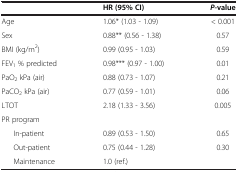
|  | HR(95% CI) | P-value |
 | --- | --- | --- |
 | Age | 1.06* (1.03 - 1.09) | < 0.001 |
 | Sex | 0.88** (0.56 - 1.38) | 0.57 |
 | BMI (kg/m2) | 0.99 (0.95 - 1.03) | 0.59 |
 | FEV1 % predicted | 0.98*** (0.97 - 1.00) | 0.01 |
 | PaO2 kPa (air) | 0.88 (0.73 - 1.07) | 0.21 |
 | PaCO2 kPa (air) | 0.77 (0.59 - 1.01) | 0.06 |
 | LTOT | 2.18 (1.33 - 3.56) | 0.005 |
 | PR program |  |  |
 | In-patient | 0.89 (0.53 - 1.50) | 0.65 |
 | Out-patient | 0.75 (0.44 - 1.28) | 0.30 |
 | Maintenance | 1.0 (ref.) |  |